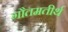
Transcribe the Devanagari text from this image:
गौतमतीर्थ